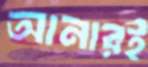
আনারই